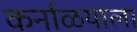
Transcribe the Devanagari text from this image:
कर्नाळयाला